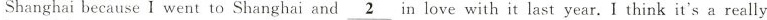
Shanghai because l went to Shanghai and \underline{2} in love with it last vear,] think it's a really